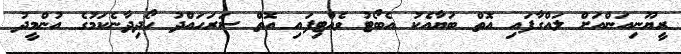
ރީޔޫނިއަންއަށް ލައްގާފައި އޮތް ބަޔާއެކު އެބޯޓު ވެއްޓިފައި އޮތް ސަރަހައްދު ހޯދިދާނެކަމުގެ އުންމީދު